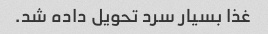
غذا بسیار سرد تحویل داده شد.